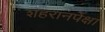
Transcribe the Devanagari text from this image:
शहरानपेक्षा